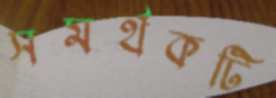
সমর্থকটি